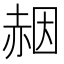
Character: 𧹢